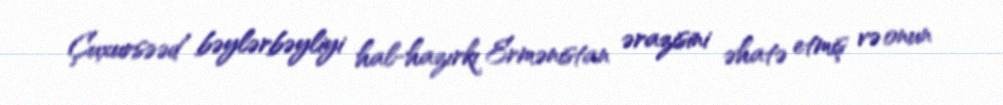
Çuxursəəd bəylərbəyliyi hal-hazırkı Ermənistan ərazisini əhatə etmiş və onun